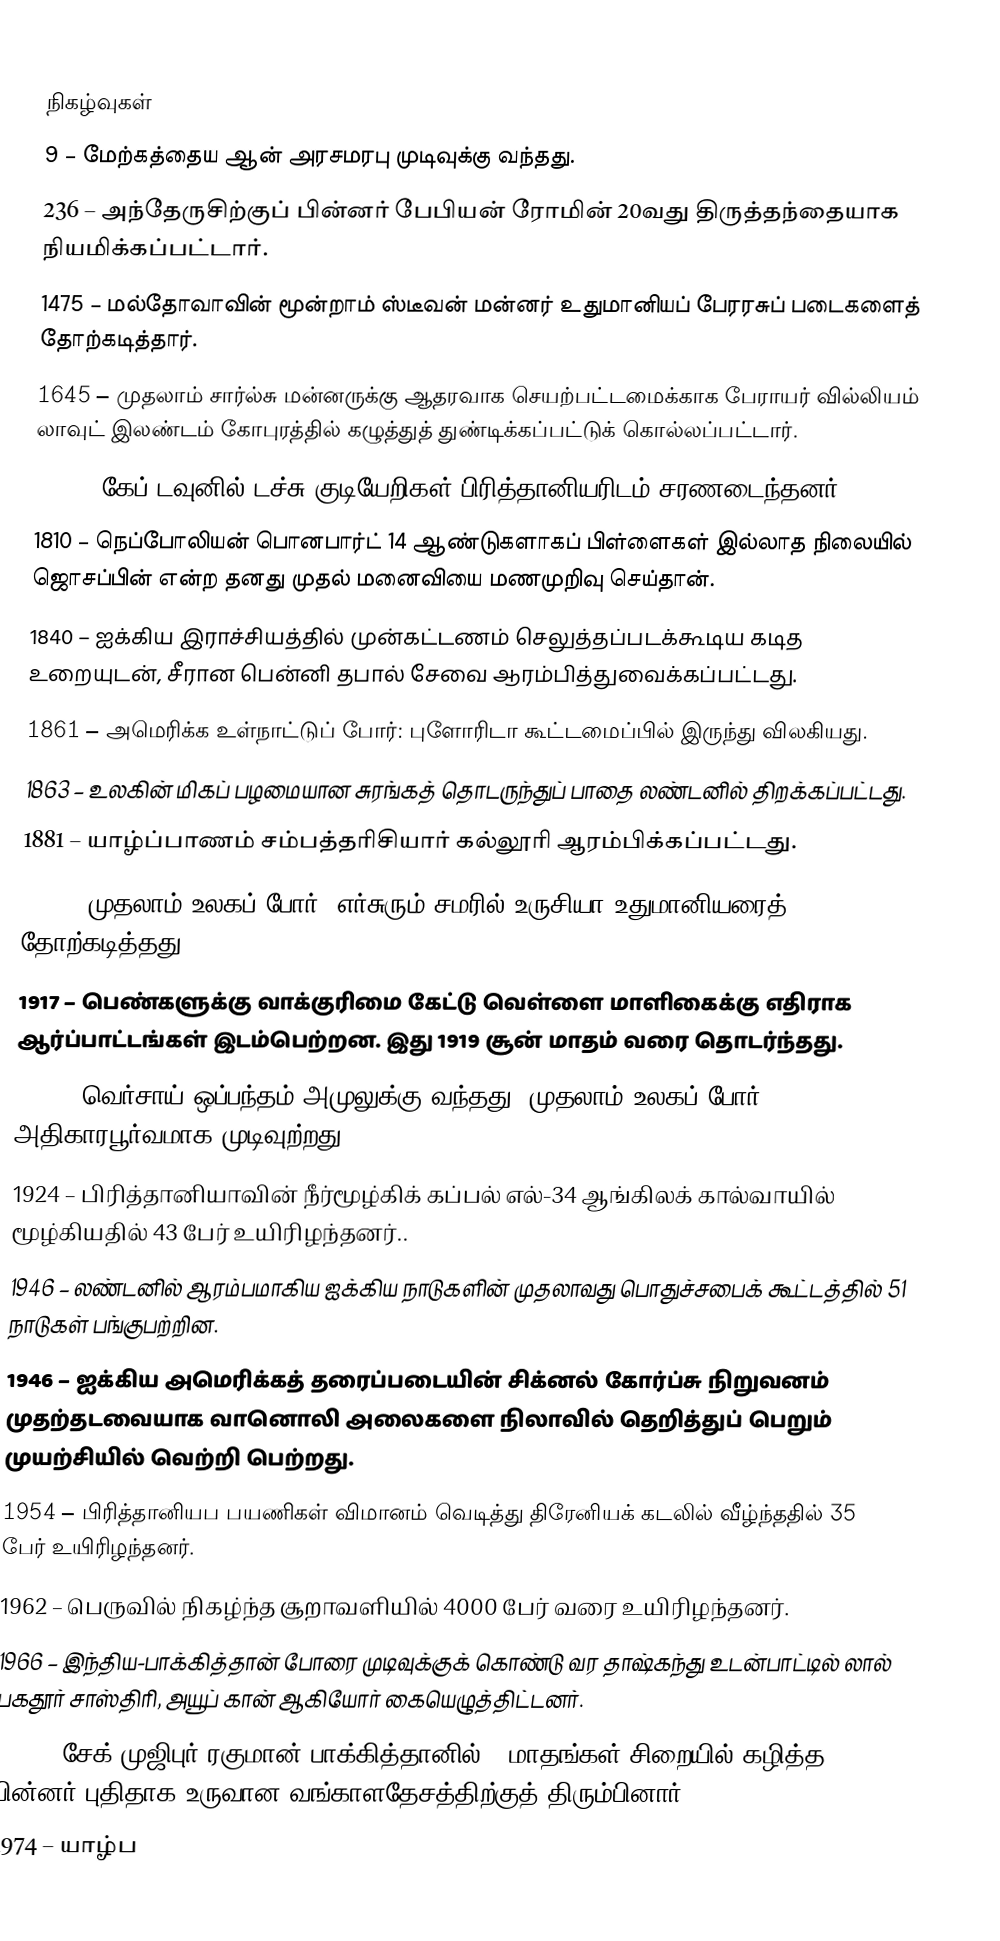

நிகழ்வுகள்
9 – மேற்கத்தைய ஆன் அரசமரபு முடிவுக்கு வந்தது.
 236 – அந்தேருசிற்குப் பின்னர் பேபியன் ரோமின் 20வது திருத்தந்தையாக நியமிக்கப்பட்டார்.
1475 – மல்தோவாவின் மூன்றாம் ஸ்டீவன் மன்னர் உதுமானியப் பேரரசுப் படைகளைத் தோற்கடித்தார்.
1645 – முதலாம் சார்ல்சு மன்னருக்கு ஆதரவாக செயற்பட்டமைக்காக பேராயர் வில்லியம் லாவுட் இலண்டம் கோபுரத்தில் கழுத்துத் துண்டிக்கப்பட்டுக் கொல்லப்பட்டார்.
1806 – கேப் டவுனில் டச்சு குடியேறிகள் பிரித்தானியரிடம் சரணடைந்தனர்.
1810 – நெப்போலியன் பொனபார்ட் 14 ஆண்டுகளாகப் பிள்ளைகள் இல்லாத நிலையில் ஜொசப்பின் என்ற தனது முதல் மனைவியை மணமுறிவு செய்தான்.
1840 – ஐக்கிய இராச்சியத்தில் முன்கட்டணம் செலுத்தப்படக்கூடிய கடித உறையுடன், சீரான பென்னி தபால் சேவை ஆரம்பித்துவைக்கப்பட்டது.
1861 – அமெரிக்க உள்நாட்டுப் போர்: புளோரிடா கூட்டமைப்பில் இருந்து விலகியது.
1863 – உலகின் மிகப் பழமையான சுரங்கத் தொடருந்துப் பாதை லண்டனில் திறக்கப்பட்டது.
1881 – யாழ்ப்பாணம் சம்பத்தரிசியார் கல்லூரி ஆரம்பிக்கப்பட்டது.
1916 – முதலாம் உலகப் போர்: எர்சுரும் சமரில் உருசியா உதுமானியரைத் தோற்கடித்தது.
1917 – பெண்களுக்கு வாக்குரிமை கேட்டு வெள்ளை மாளிகைக்கு எதிராக ஆர்ப்பாட்டங்கள் இடம்பெற்றன. இது 1919 சூன் மாதம் வரை தொடர்ந்தது.
1920 – வெர்சாய் ஒப்பந்தம் அமுலுக்கு வந்தது. முதலாம் உலகப் போர் அதிகாரபூர்வமாக முடிவுற்றது.
1924 – பிரித்தானியாவின் நீர்மூழ்கிக் கப்பல் எல்-34 ஆங்கிலக் கால்வாயில் மூழ்கியதில் 43 பேர் உயிரிழந்தனர்..
1946 – லண்டனில் ஆரம்பமாகிய ஐக்கிய நாடுகளின் முதலாவது பொதுச்சபைக் கூட்டத்தில் 51 நாடுகள் பங்குபற்றின.
1946 – ஐக்கிய அமெரிக்கத் தரைப்படையின் சிக்னல் கோர்ப்சு நிறுவனம் முதற்தடவையாக வானொலி அலைகளை நிலாவில் தெறித்துப் பெறும் முயற்சியில் வெற்றி பெற்றது.
1954 – பிரித்தானியப பயணிகள் விமானம் வெடித்து திரேனியக் கடலில் வீழ்ந்ததில் 35 பேர் உயிரிழந்தனர்.
1962 – பெருவில் நிகழ்ந்த சூறாவளியில் 4000 பேர் வரை உயிரிழந்தனர்.
1966 – இந்திய-பாக்கித்தான் போரை முடிவுக்குக் கொண்டு வர தாஷ்கந்து உடன்பாட்டில் லால் பகதூர் சாஸ்திரி, அயூப் கான் ஆகியோர் கையெழுத்திட்டனர்.
1972 – சேக் முஜிபுர் ரகுமான் பாக்கித்தானில் 9 மாதங்கள் சிறையில் கழித்த பின்னர் புதிதாக உருவான வங்காளதேசத்திற்குத் திரும்பினார்.
1974 – யாழ்ப